Civil Veterinary Department. United Provinces 1932-42 - 1932-1942
Year: 1932
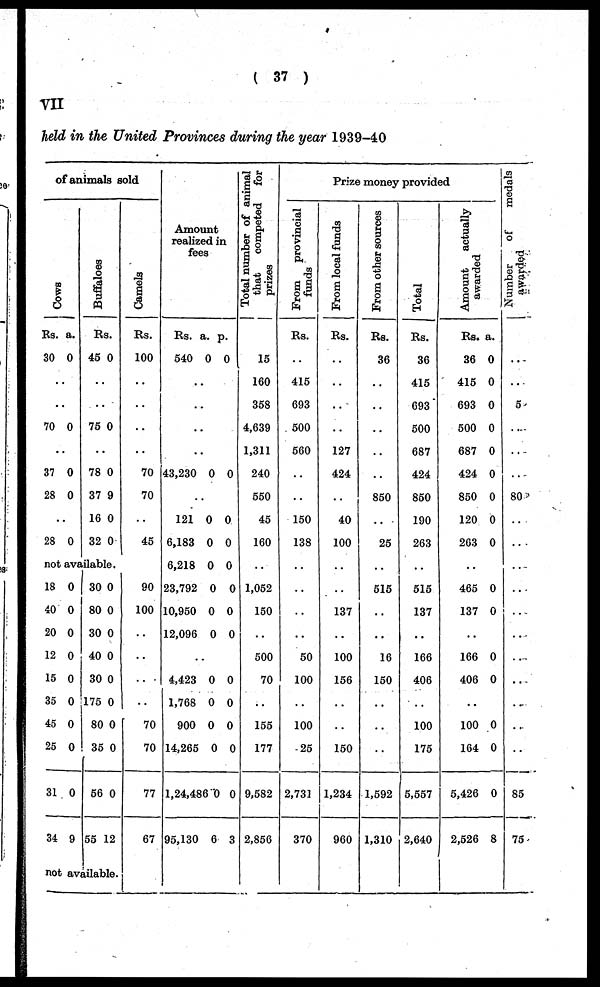
( 37 )
VII
held in the United Provinces during the year 1939-40
of animals sold
Cows
Rs.
30
a.
0
..
..
70 0
..
37
28
0
0
..
28 0
Buffaloes
Rs.
45 0
..
..
75 0
..
78
37
16
32
0
9
0
0
Camels
Rs.
100
..
..
..
..
70
70
..
45
not available.
18
40
20
12
15
35
45
25
31
34
0
0
0
0
0
0
0
0
0
9
30
80
30
40
30
175
80
35
56
55
0
0
0
0
0
0
0
0
0
12
not available.
90
100
..
..
..
..
70
70
77
67
Amount
realize in
fees
Rs.
540
a.
0
p.
0
..
..
..
..
43,230 0 0
..
121
6,183
6,218
23,792
10,950
12,096
0
0
0
0
0
0
0
0
0
0
0
0
..
4,423
1,768
900
14,265
1,24,486
95,130
0
0
0
0
0
6
0
0
0
0
0
3
Total number of animal
that
competed for
prizes
15
160
358
4,639
1,311
240
550
45
160
..
1,052
150
..
500
70
..
155
177
9,582
2,856
Prize money provided
From
provincial
funds
Rs.
..
415
693
500
560
..
..
150
138
..
..
..
..
50
100
..
100
25
2,731
370
From local funds
Rs.
..
..
..
..
127
424
..
40
100
..
..
137
..
100
156
..
..
150
1,234
960
From other sources
Rs.
36
..
..
..
..
..
850
..
25
..
515
..
..
16
150
..
..
..
1,592
1,310
Total
Rs.
36
415
693
500
687
424
850
190
263
..
515
137
..
166
406
..
100
175
5,557
2,640
Amo u n t actually
awarded
Rs.
36
415
693
500
687
424
850
120
263
a.
0
0
0
0
0
0
0
0
0
..
465
137
0
0
..
166
406
0
0
..
100
164
5,426
2,526
0
0
0
8
Number
of
medals
awarded
...
...
5
...
...
...
80
..
...
...
...
..
..
..
..
..
..
..
85
75